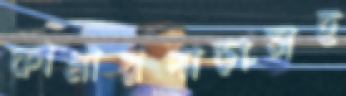
কামারপাড়াসহ